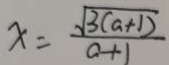
x = \frac { \sqrt { 3 ( a + 1 ) } } { a + 1 }